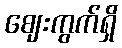
ဈေးကွက်ရှိ